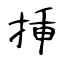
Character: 挿